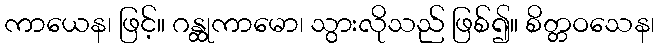
ကာယေန၊ ဖြင့်။ ဂန္ထုကာမော၊ သွားလိုသည် ဖြစ်၍။ စိတ္တဝသေန၊